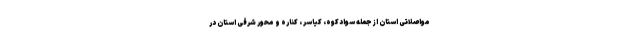
مواصلاتی استان از جمله سوادکوه، کیاسر ، کناره و محور شرقی استان در